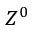
Z ^ { 0 }